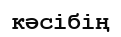
кәсібің